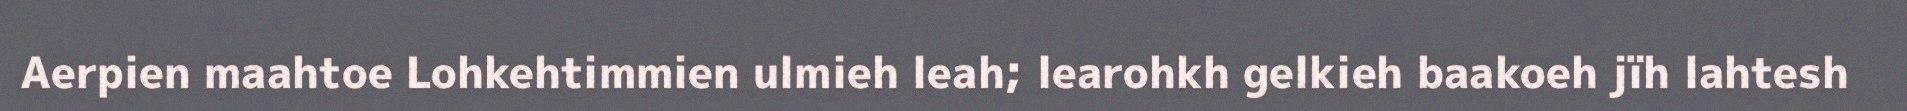
Aerpien maahtoe Lohkehtimmien ulmieh leah; learohkh gelkieh baakoeh jïh lahtesh